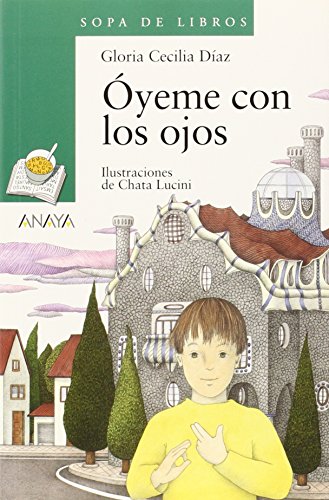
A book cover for Oyeme con los ojos (Sopa De Libros / Soup of Books) (Spanish Edition); Gloria Cecilia Diaz; Health, Fitness & Dieting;